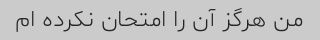
من هرگز آن را امتحان نکرده ام